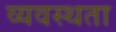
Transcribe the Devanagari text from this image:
व्यवस्थता